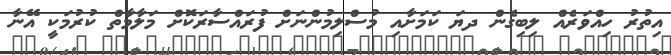
އިތުރު ހިއްވަރެއް ލިބިގެން ދޔަ ކަމަށާއި މުސްލިމުންނަށް ފުރައްސާރަކޮށް މަލާމާތް ކުރުމަކީ އޭނާ